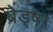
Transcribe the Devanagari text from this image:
ब्रेड्षा